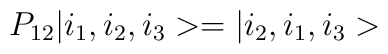
P_{12}|i_1,i_2,i_3>=|i_2,i_1,i_3>